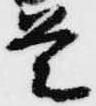
是